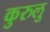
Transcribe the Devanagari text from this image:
कुरुलु